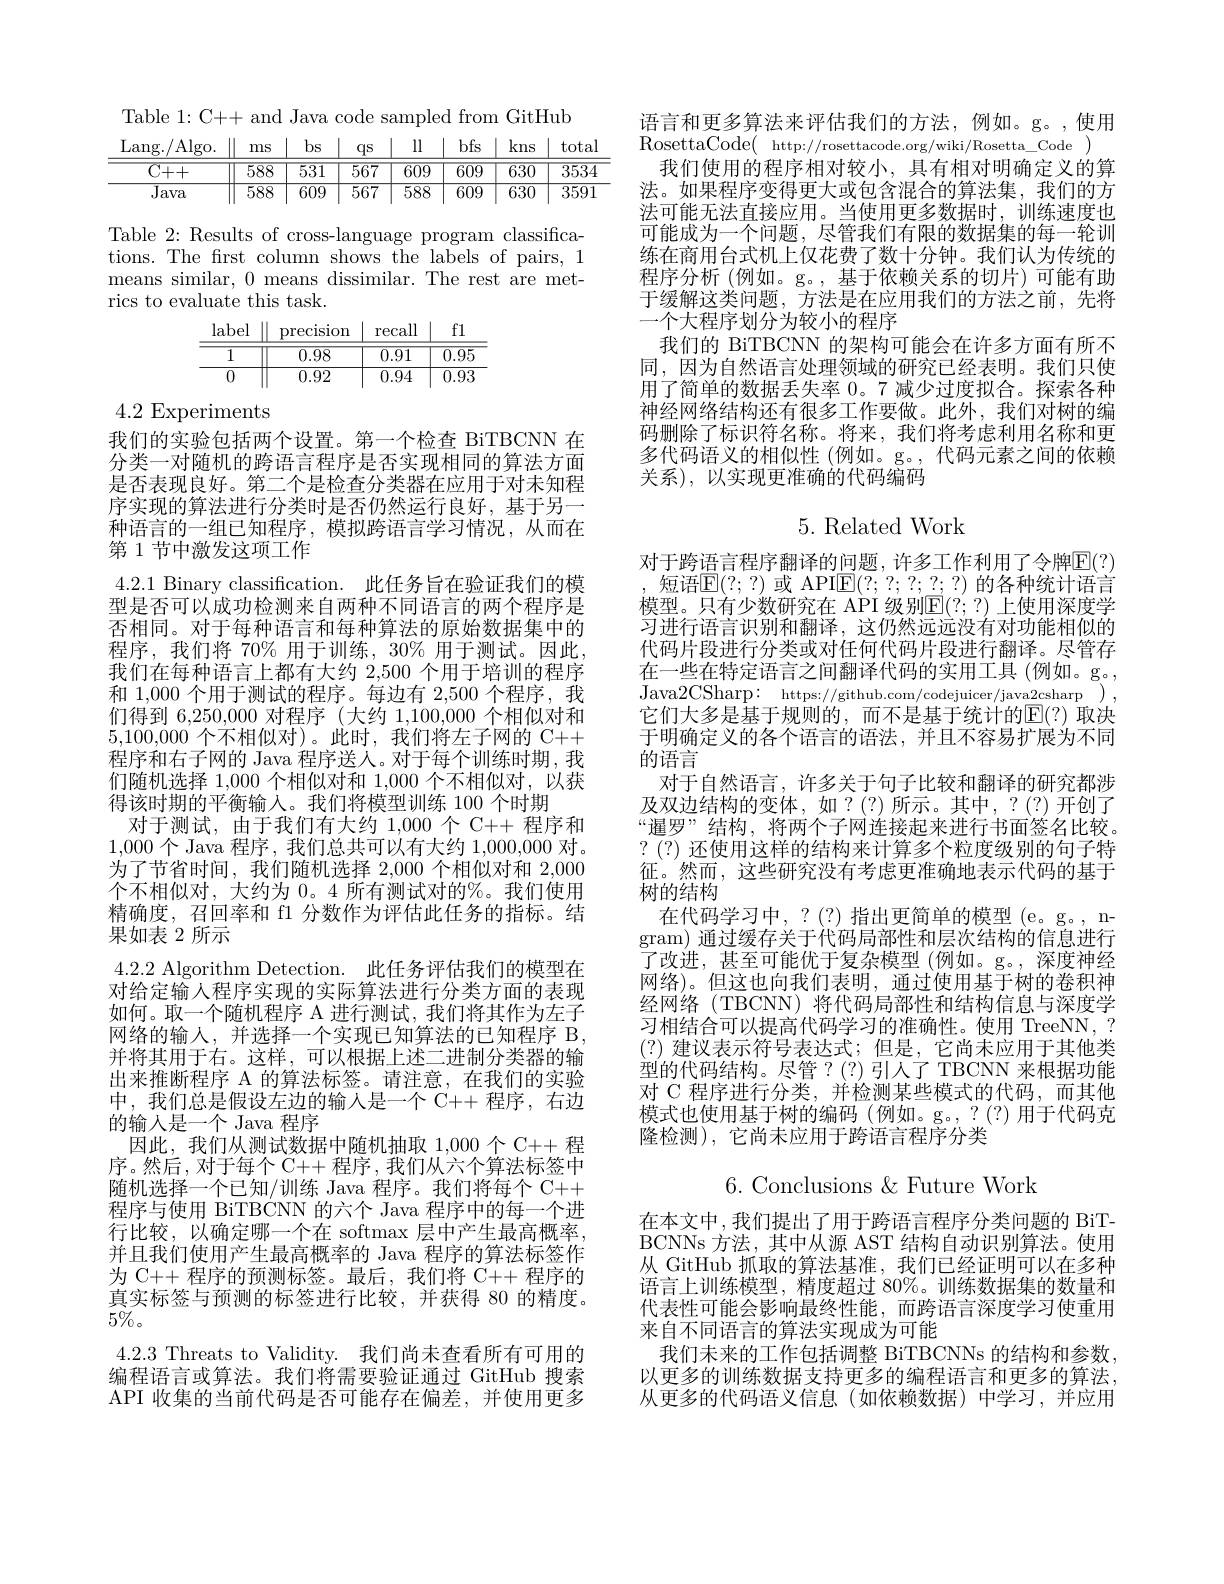
<table>
	<tbody>
		<tr>
			<th>Lang. / Algo. </th>
			<th>ms</th>
			<th>$bs$</th>
			<th>$qs$</th>
			<th>ll</th>
			<th>bfs</th>
			<th>kns</th>
			<th>total</th>
		</tr>
		<tr>
			<td>$\overline{C++}$</td>
			<td>588</td>
			<td>531</td>
			<td>567</td>
			<td>$\overline{609}$</td>
			<td>$\overline{609}$</td>
			<td>$\overline{630}$</td>
			<td>$\overline{3534}$</td>
		</tr>
		<tr>
			<td>$\overline{\text{Java }}$</td>
			<td>$\overline{588}$</td>
			<td>609</td>
			<td>$\overline{567}$</td>
			<td>$\overline{588}$</td>
			<td>609</td>
			<td>630</td>
			<td>3591</td>
		</tr>
	</tbody>
</table>

Table 2: Results of cross-language program classifications. The first column shows the labels of pairs, 1 means similar, 0 means dissimilar. The rest are metrics to evaluate this task.
$$\begin{array}{c|c|c|c|c}\text{label}&\parallel&\text{precision}&\text{recall}&\parallel&\text{f}1\\\hline1&0.98&0.91&0.95\\\hline0&0.92&0.94&0.93\end{array}$$
4.2 Experiments

我们的实验包括两个设置。第一个检查 BiTBCNN 在分类一对随机的跨语言程序是否实现相同的算法方面是否表现良好。第二个是检查分类器在应用于对未知程序实现的算法进行分类时是否仍然运行良好，基于另一种语言的一组已知程序，模拟跨语言学习情况，从而在第 1 节中激发这项工作
4.2.1 Binary classification. 此任务旨在验证我们的模型是否可以成功检测来自两种不同语言的两个程序是否相同。对于每种语言和每种算法的原始数据集中的程序，我们将 70% 用于训练，30% 用于测试。因此， 我们在每种语言上都有大约 2,500 个用于培训的程序和 1,000 个用于测试的程序。每边有 2,500 个程序，我们得到 6,250,000 对程序 (大约 1,100,000 个相似对和5,100,000个不相似对)。此时，我们将左子网的 C++ 程序和右子网的 Java 程序送人。对于每个训练时期，我们随机选择 1,000 个相似对和 1,000 个不相似对，以获得该时期的平衡输入。我们将模型训练 100 个时期
对于测试，由于我们有大约 1,000 个 C++ 程序和1,000个 Java 程序，我们总共可以有大约1，000,000对。为了节省时间，我们随机选择 2,000 个相似对和 2,000个不相似对，大约为 0。4 所有测试对的%。我们使用精确度，召回率和 fl 分数作为评估此任务的指标。结果如表 2 所示
4.2.2 Algorithm Detection. 此任务评估我们的模型在对给定输人程序实现的实际算法进行分类方面的表现如何。取一个随机程序 A 进行测试，我们将其作为左子网络的输入，并选择一个实现已知算法的已知程序 B, 并将其用于右。这样，可以根据上述二进制分类器的输出来推断程序 A 的算法标签。请注意，在我们的实验中，我们总是假设左边的输人是一个 C++ 程序，右边的输入是一个 Java 程序
因此，我们从测试数据中随机抽取1，000个 C++ 程序。然后，对于每个 C++ 程序 , 我们从六个算法标签中随机选择一个已知/训练 Java 程序。我们将每个 C++ 程序与使用 BiTBCNN 的六个 Java 程序中的每一个进行比较，以确定哪一个在 softmax 层中产生最高概率， 并且我们使用产生最高概率的 Java 程序的算法标签作为 C++ 程序的预测标签。最后，我们将 C++ 程序的真实标签与预测的标签进行比较，并获得 80 的精度。$5\%$。
4.2.3 Threats to Validity. 我们尚未查看所有可用的编程语言或算法。我们将需要验证通过 GitHub 搜索API 收集的当前代码是否可能存在偏差，并使用更多

语言和更多算法来评估我们的方法，例如。g。,使用
RosettaCode( http://rosettacode.org/wiki/Rosetta\_Code )
我们使用的程序相对较小，具有相对明确定义的算法。如果程序变得更大或包含混合的算法集，我们的方法可能无法直接应用。当使用更多数据时，训练速度也可能成为一个问题，尽管我们有限的数据集的每一轮训练在商用台式机上仅花费了数十分钟。我们认为传统的程序分析 (例如。g。,基于依赖关系的切片)可能有助于缓解这类问题，方法是在应用我们的方法之前，先将一个大程序划分为较小的程序
我们的 BiTBCNN 的架构可能会在许多方面有所不同，因为自然语言处理领域的研究已经表明。我们只使用了简单的数据丢失率 0。7 减少过度拟合。探索各种神经网络结构还有很多工作要做。此外，我们对树的编码删除了标识符名称。将来，我们将考虑利用名称和更多代码语义的相似性(例如。g。,代码元素之间的依赖关系),以实现更准确的代码编码

## 5.Related Work

对于跨语言程序翻译的问题，许多工作利用了令牌$\overline{\mathbb{E}}(?)$ 短语$\mathbb{E}(?;?)$ 或 API$\mathbb{E}(?;7;2;\underline{2};?)$ 的各种统计语言模型。只有少数研究在 API 级别$\mathbb{E}(?;?)$ 上使用深度学习进行语言识别和翻译，这仍然远远没有对功能相似的代码片段进行分类或对任何代码片段进行翻译。尽管存在一些在特定语言之间翻译代码的实用工具(例如。g。, Java2CSharp: https://github.com/codejuicer/java2csharp ), 它们大多是基于规则的，而不是基于统计的$\mathbb{E}(?)$ 取决于明确定义的各个语言的语法，并且不容易扩展为不同的语言
对于自然语言，许多关于句子比较和翻译的研究都涉及双边结构的变体，如？(?)所示。其中，?(?)开创了“暹罗”结构，将两个子网连接起来进行书面签名比较。?(?) 还使用这样的结构来计算多个粒度级别的句子特征。然而，这些研究没有考虑更准确地表示代码的基于树的结构
在代码学习中，?(?)指出更简单的模型(e。g。,n- $\begin{array}{l}\mathrm{gram)~}\text{通过缓存关于代码局部性和层次结构的信息进行}\\\mathrm{gram)~}&\text{通过缓存关于代码局部性和层次结构的信息进行}\\&=-\frac{1}{2}+\frac{1}{2}+\frac{1}{2}+\frac{1}{2}+\frac{1}{2}+\frac{1}{2}+\frac{1}{2}+\frac{1}{2}+\frac{1}{2}+\frac{1}{2}+\frac{1}{2}+\frac{1}{2}+\frac{1}{3}+\frac{1}{2}+\frac{1}{2}+\frac{1}{2}+\frac{1}{2}+\frac{1}{2}+\frac{1}{2}+\frac{1}{2}+\frac{1}{2}+\frac{1}{2}+\frac{1}{}\end{array}$ 了改进，甚至可能优于复杂模型(例如。g。,深度神经网络)。但这也向我们表明，通过使用基于树的卷积神经网络(TBCNN)将代码局部性和结构信息与深度学习相结合可以提高代码学习的准确性。使用 TreeNN, ? (?)建议表示符号表达式；但是，它尚未应用于其他类型的代码结构。尽管？(?)引人了 TBCNN 来根据功能对 C 程序进行分类，并检测某些模式的代码，而其他模式也使用基于树的编码(例如。g。,?(?)用于代码克隆检测), 它尚未应用于跨语言程序分类

6. Conclusions & Future Work

在本文中，我们提出了用于跨语言程序分类问题的 BiTBCNNs 方法，其中从源 AST 结构自动识别算法。使用从 GitHub 抓取的算法基准，我们已经证明可以在多种语言上训练模型，精度超过 80%。训练数据集的数量和代表性可能会影响最终性能，而跨语言深度学习使重用来自不同语言的算法实现成为可能
我们未来的工作包括调整 BiTBCNNs 的结构和参数以更多的训练数据支持更多的编程语言和更多的算法， 从更多的代码语义信息(如依赖数据)中学习，并应用